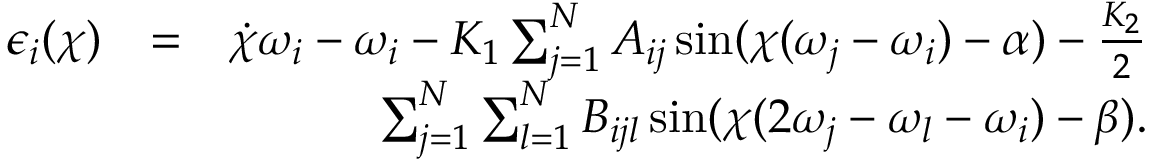
\begin{array} { r l r } { \epsilon _ { i } ( \chi ) } & { = } & { \dot { \chi } \omega _ { i } - \omega _ { i } - K _ { 1 } \sum _ { j = 1 } ^ { N } A _ { i j } \sin ( \chi ( \omega _ { j } - \omega _ { i } ) - \alpha ) - \frac { K _ { 2 } } { 2 } } \\ & { } & { \sum _ { j = 1 } ^ { N } \sum _ { l = 1 } ^ { N } B _ { i j l } \sin ( \chi ( 2 \omega _ { j } - \omega _ { l } - \omega _ { i } ) - \beta ) . } \end{array}